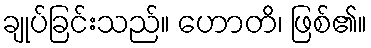
ချုပ်ခြင်းသည်။ ဟောတိ၊ ဖြစ်၏။